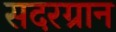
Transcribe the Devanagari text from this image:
सदरग्रान